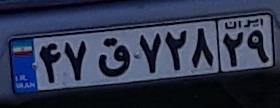
۴۲ق۷۲۸۲۹